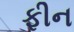
ફીન